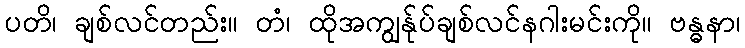
ပတိ၊ ချစ်လင်တည်း။ တံ၊ ထိုအကျွန်ုပ်ချစ်လင်နဂါးမင်းကို။ ဗန္ဓနာ၊